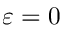
\varepsilon = 0